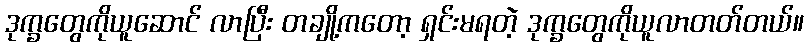
ဒုက္ခတွေကိုယူဆောင် လာပြီး တချို့ကတော့ ရှင်းမရတဲ့ ဒုက္ခတွေကိုယူလာတတ်တယ်။